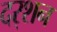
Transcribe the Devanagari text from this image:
दर्‍शन